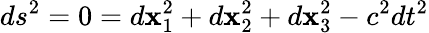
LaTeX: ds^{2}=0=d\mathbf{x}_{1}^{2}+d\mathbf{x}_{2}^{2}+d\mathbf{x}_{3}^{2}-c^{2}dt^{2}